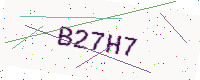
Text: B27H7